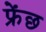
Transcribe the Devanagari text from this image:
फ्रेंछ